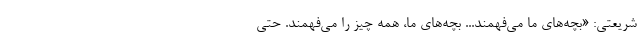
شریعتی: «بچه‌های ما می‌فهمند... بچه‌های ما، همه چیز را می‌فهمند. حتی